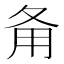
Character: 𤰅